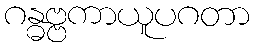
ဂန္ဓဗ္ဗကာယူပဂတာ